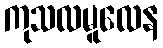
ကုသလမူလေန